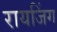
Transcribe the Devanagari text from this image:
रायजिंग